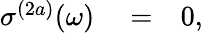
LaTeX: \begin{array}{rlr}{\sigma^{(2a)}(\omega)}&{{}=}&{0,}\end{array}